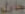
حاول